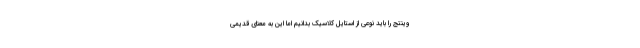
وینتج را باید نوعی از استایل کلاسیک بدانیم اما این به معنای قدیمی